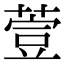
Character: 𦷳